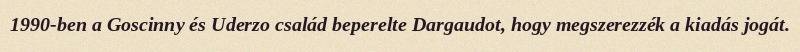
1990-ben a Goscinny és Uderzo család beperelte Dargaudot, hogy megszerezzék a kiadás jogát.